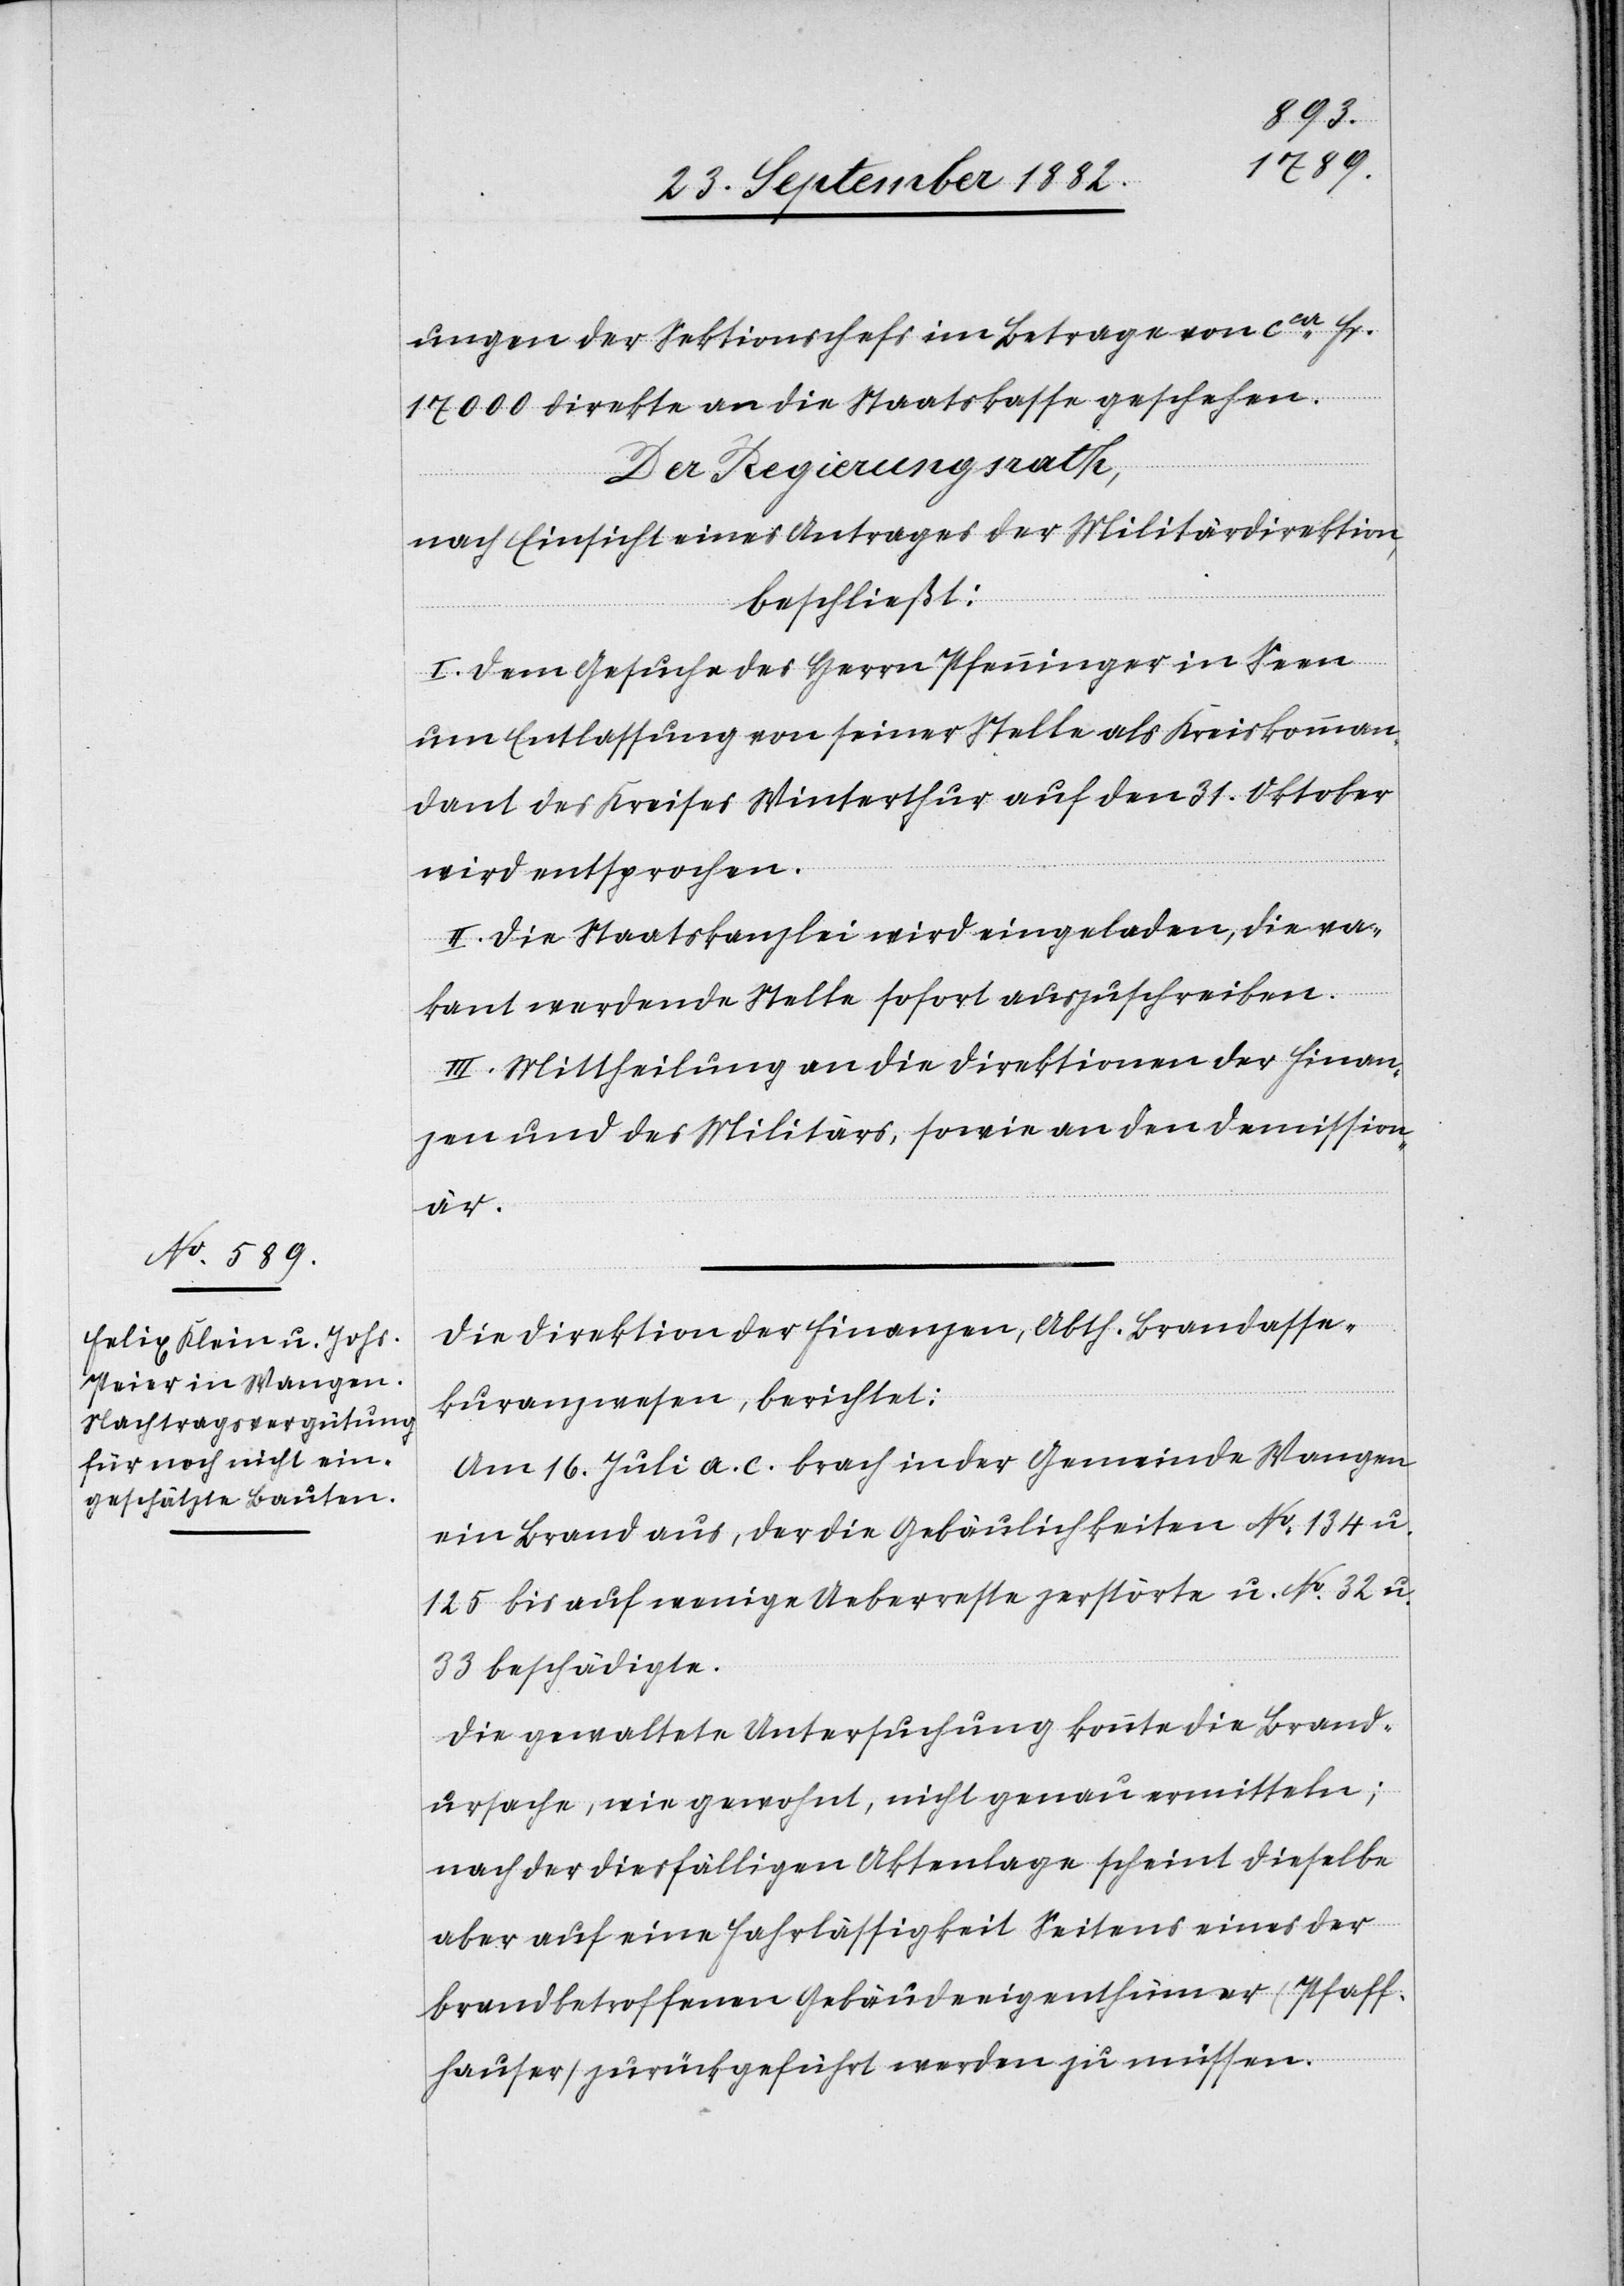
ungen der Sektionschefs im Betrage von ca Fr.
17000 direkte an die Staatskasse geschehen.
Der Regierungsrath,
nach Einsicht eines Antrages der Militärdirektion,
beschließt:
I. Dem Gesuche des Herrn Pfenninger in Seen
um Entlassung von seiner Stelle als Kreiskomman¬
dant des Kreises Winterthur auf den 31. Oktober
wird entsprochen.
II. Die Staatskanzlei wird eingeladen, die va¬
kant werdende Stelle sofort auszuschreiben.
III. Mittheilung an die Direktionen der Finan¬
zen und des Militärs, sowie an den Demission¬
är.
Die Direktion der Finanzen, Abth. Brandasse¬
kuranzwesen, berichtet:
Am 16. Juli a. c. brach in der Gemeinde Wangen
ein Brand aus, der die Gebäulichkeiten No 134 u.
125 bis auf wenige Ueberreste zerstörte u. No 32 u.
33 beschädigte.
Die gewaltete Untersuchung konnte die Brand¬
ursache, wie gewohnt, nicht genau ermitteln;
nach der diesfälligen Aktenlage scheint dieselbe
aber auf eine Fahrlässigkeit Seitens eines der
brandbetroffenen Gebäudeeigenthümer (Pfaff¬
hauser) zurückgeführt werden zu müssen.